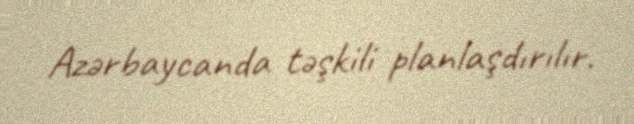
Azərbaycanda təşkili planlaşdırılır.